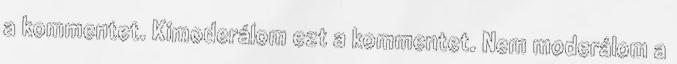
a kommentet. Kimoderálom ezt a kommentet. Nem moderálom a